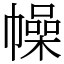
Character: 幧